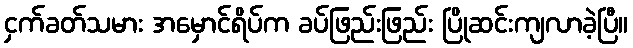
ငှက်ခတ်သမား အမှောင်ရိပ်က ခပ်ဖြည်းဖြည်း ပြိုဆင်းကျလာခဲ့ပြီ။